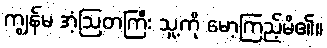
ကျွန်မ အံ့ဩတကြီး သူ့ကို မော့ကြည့်မိ၏။